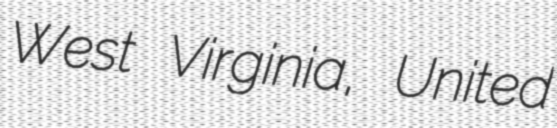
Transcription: West Virginia, United